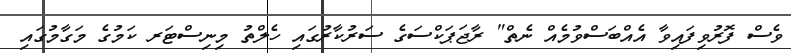
ވެސް ފޮރުވިފައިވާ އެއްބަސްވުމެއް ނެތް" ރާޖަޕަކްސަގެ ސަރުކާރުގައި ހެލްތު މިނިސްޓަރ ކަމުގެ މަގާމުގައި